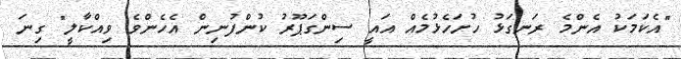
"އެކަމަކު އެންމެ ރަނގަޅު ހުށަހެޅުމެއް އައީ ސިންގަޕޫރު ކުންފުނިން އެހެންވެ ވިއްކާލީ" ގިނަ